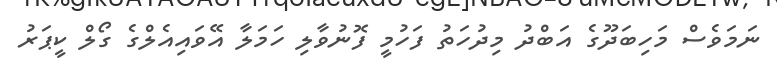
ނަމަވެސް މަހިބަދޫގެ އަބްދު މިދުހަތު ފަހުމީ ފޮނުވާލި ހަމަލާ އޭވައިއެލްގެ ގޯލް ކީޕަރު